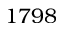
1 7 9 8